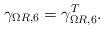
LaTeX: \begin{align*}\gamma_{\Omega R,6}=\gamma_{\Omega R,6}^T.\end{align*}